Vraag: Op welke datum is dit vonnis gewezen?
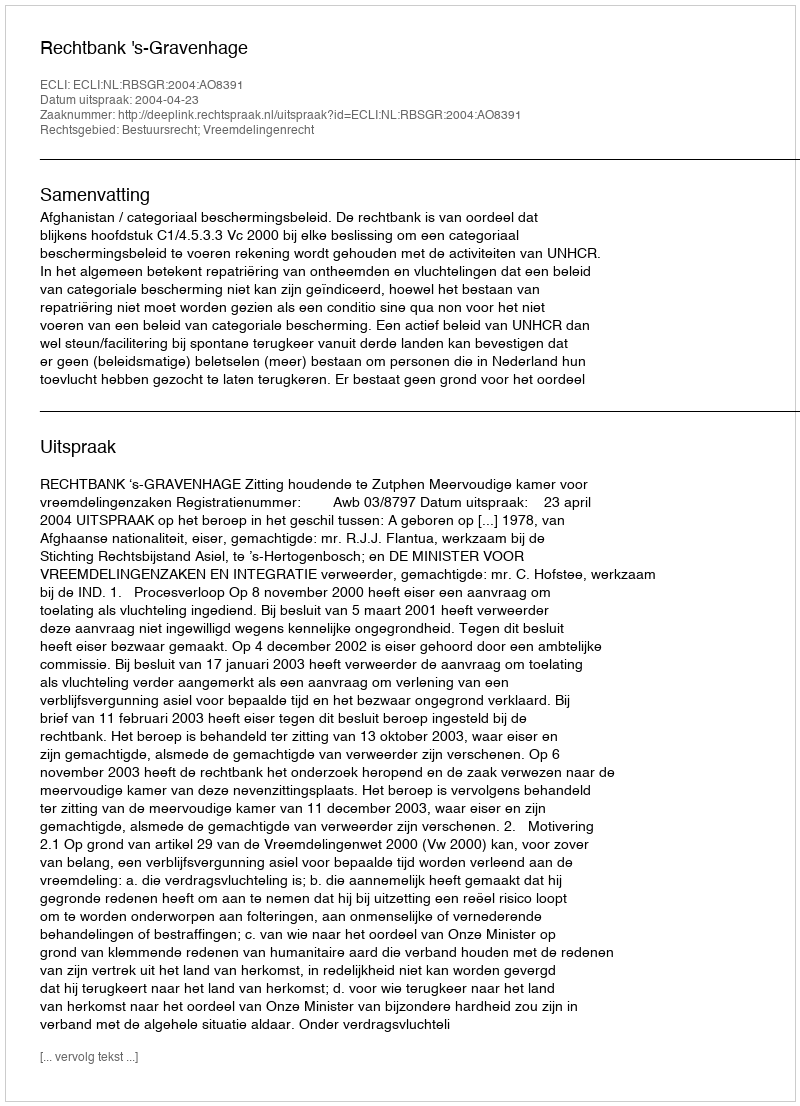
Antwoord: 2004-04-23